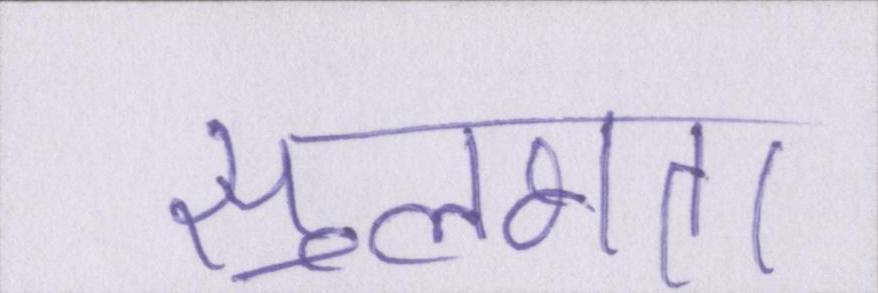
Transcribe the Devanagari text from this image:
सुलभता